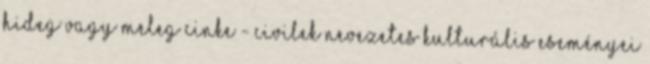
Hideg vagy meleg CINKE - Civilek Nevezetes Kulturális Eseményei